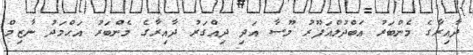
ދާއިރާގެ މެންބަރު ޢަބްދުލްޣަފޫރު މޫސާ އަދި ދިއްގަރު ދާއިރާގެ މެންބަރު އަޙްމަދު ނާޒިމް